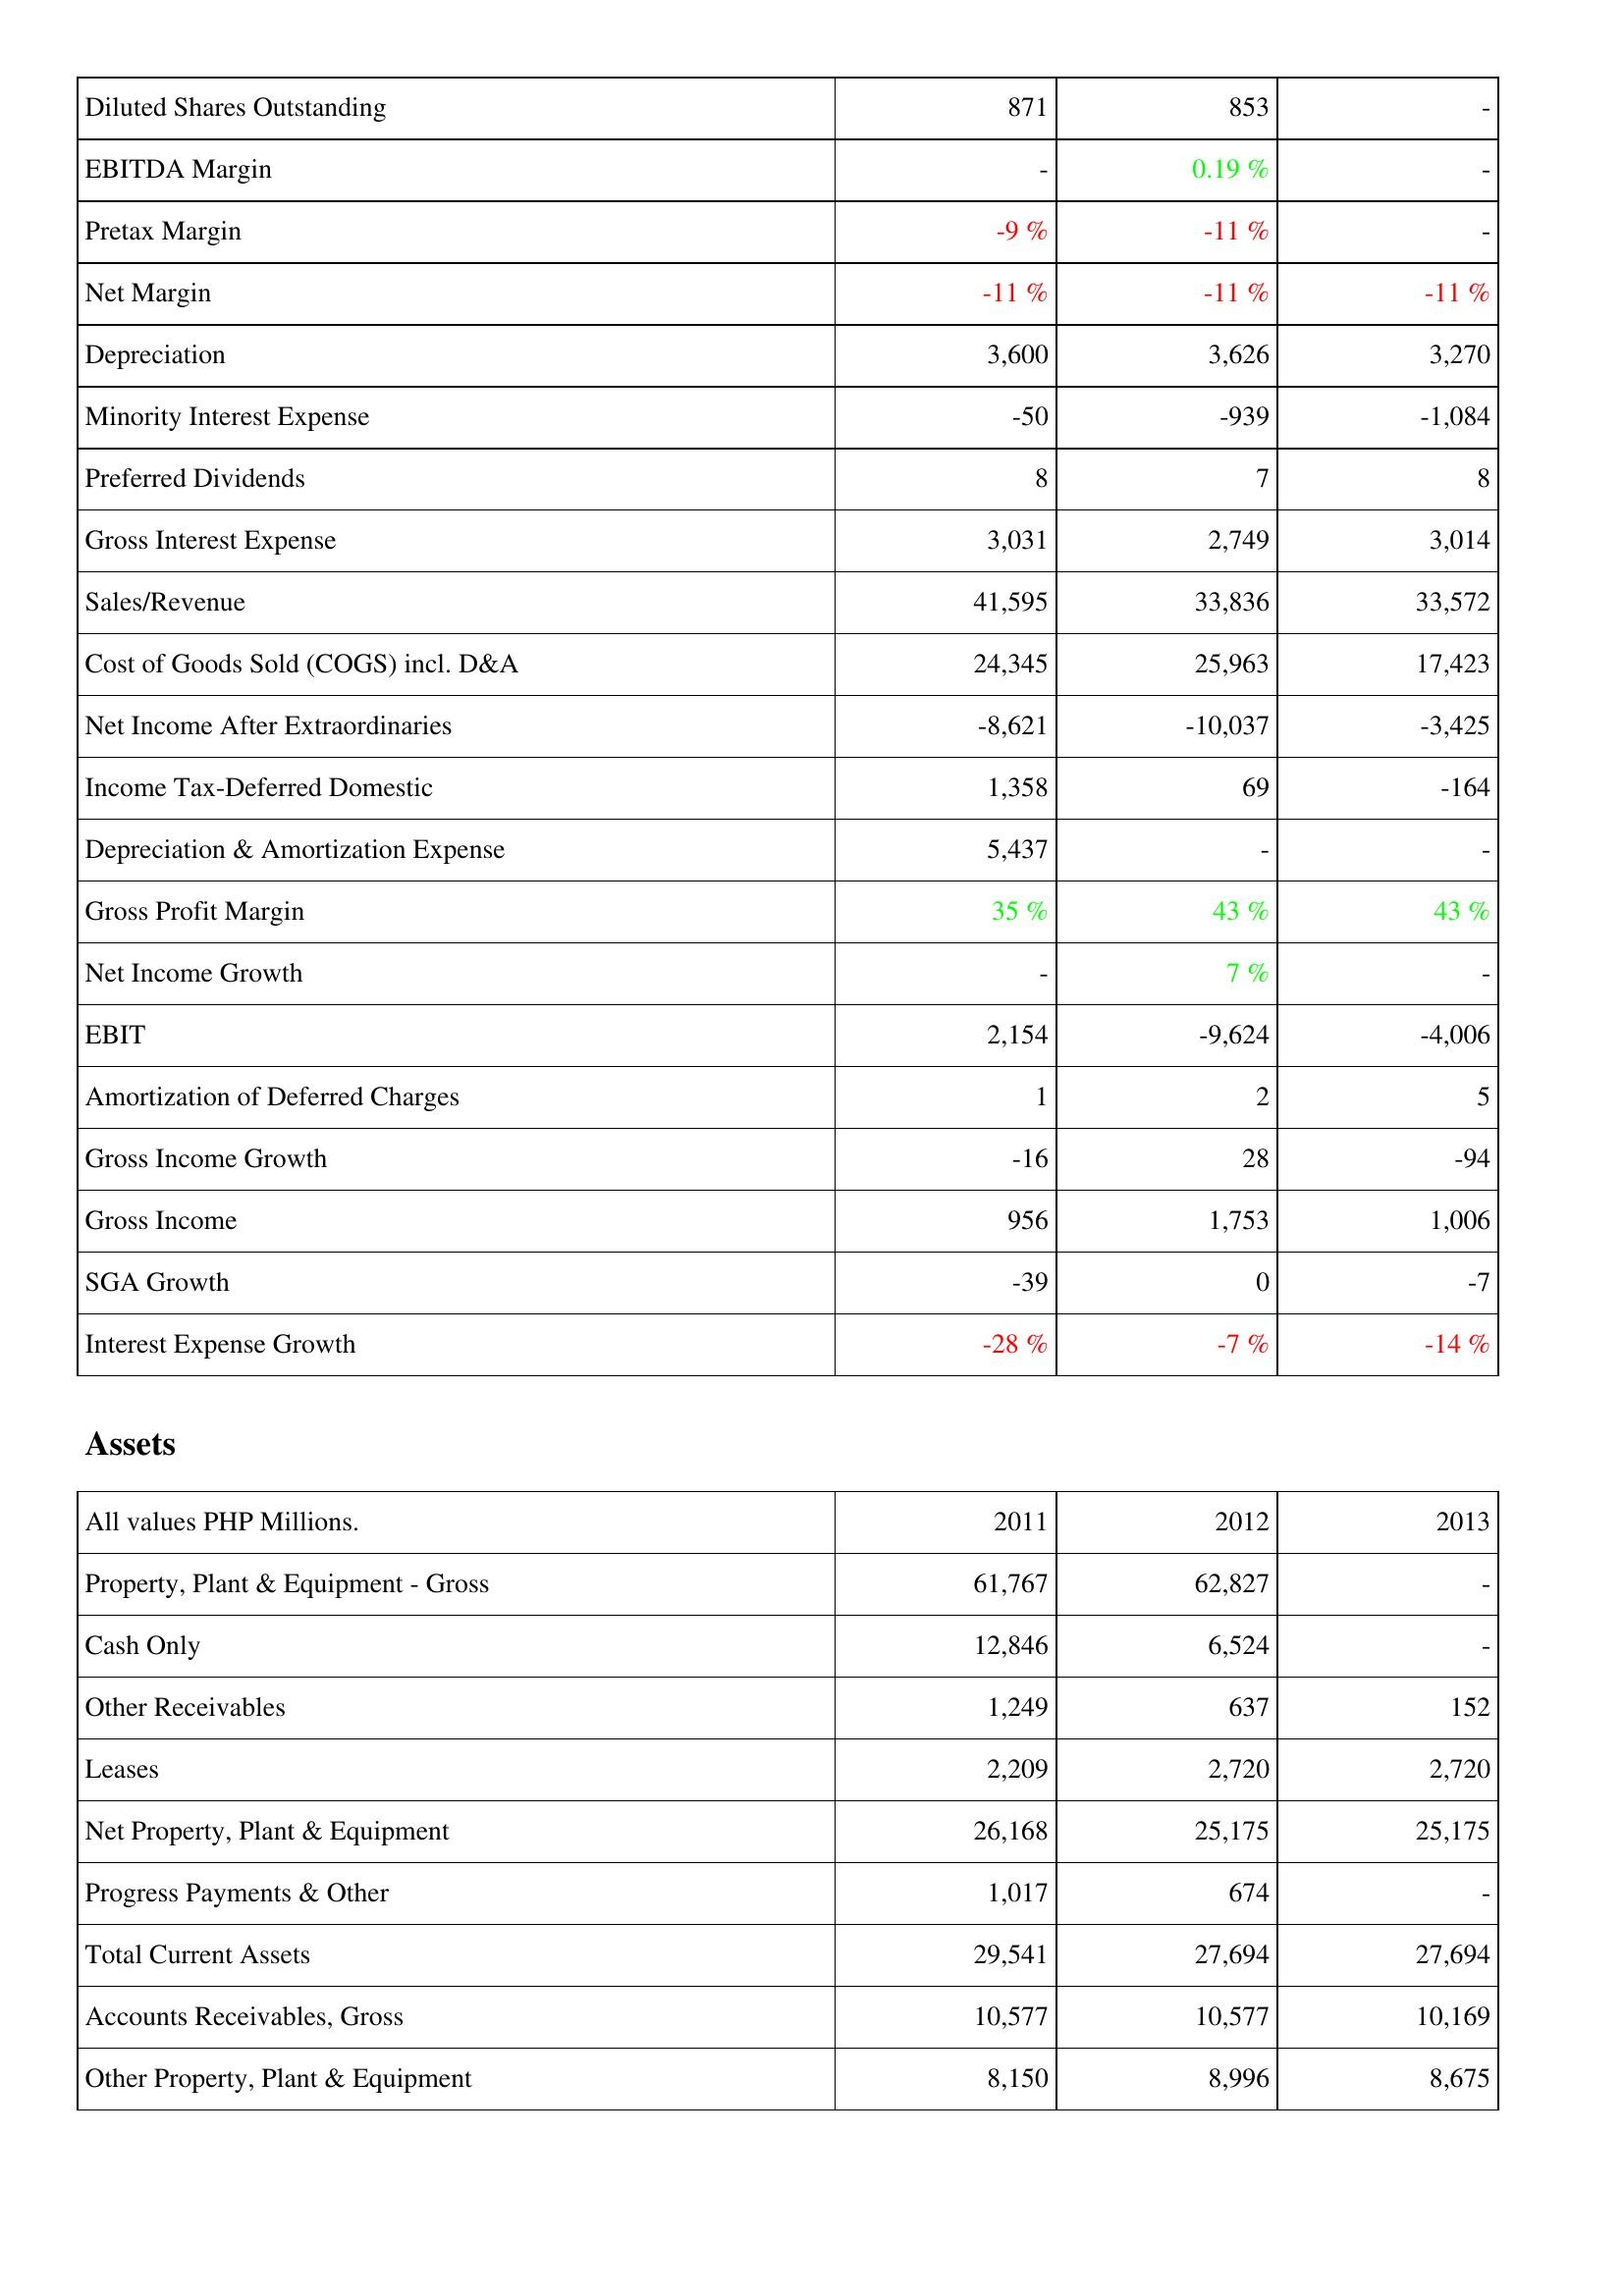
2011: Income Statement: Diluted Shares Outstanding: 871
EBITDA Margin: -
Pretax Margin: -9 %
Net Margin: -11 %
Depreciation: 3,600
Minority Interest Expense: -50
Preferred Dividends: 8
Gross Interest Expense: 3,031
Sales/Revenue: 41,595
Cost of Goods Sold (COGS) incl. D&A: 24,345
Net Income After Extraordinaries: -8,621
Income Tax-Deferred Domestic: 1,358
Depreciation & Amortization Expense: 5,437
Gross Profit Margin: 35 %
Net Income Growth: -
EBIT: 2,154
Amortization of Deferred Charges: 1
Gross Income Growth: -16
Gross Income: 956
SGA Growth: -39
Interest Expense Growth: -28 %
Assets: Property, Plant & Equipment - Gross: 61,767
Cash Only: 12,846
Other Receivables: 1,249
Leases: 2,209
Net Property, Plant & Equipment: 26,168
Progress Payments & Other: 1,017
Total Current Assets: 29,541
Accounts Receivables, Gross: 10,577
Other Property, Plant & Equipment: 8,150
2012: Income Statement: Diluted Shares Outstanding: 853
EBITDA Margin: 0.19 %
Pretax Margin: -11 %
Net Margin: -11 %
Depreciation: 3,626
Minority Interest Expense: -939
Preferred Dividends: 7
Gross Interest Expense: 2,749
Sales/Revenue: 33,836
Cost of Goods Sold (COGS) incl. D&A: 25,963
Net Income After Extraordinaries: -10,037
Income Tax-Deferred Domestic: 69
Depreciation & Amortization Expense: -
Gross Profit Margin: 43 %
Net Income Growth: 7 %
EBIT: -9,624
Amortization of Deferred Charges: 2
Gross Income Growth: 28
Gross Income: 1,753
SGA Growth: 0
Interest Expense Growth: -7 %
Assets: Property, Plant & Equipment - Gross: 62,827
Cash Only: 6,524
Other Receivables: 637
Leases: 2,720
Net Property, Plant & Equipment: 25,175
Progress Payments & Other: 674
Total Current Assets: 27,694
Accounts Receivables, Gross: 10,577
Other Property, Plant & Equipment: 8,996
2013: Income Statement: Diluted Shares Outstanding: -
EBITDA Margin: -
Pretax Margin: -
Net Margin: -11 %
Depreciation: 3,270
Minority Interest Expense: -1,084
Preferred Dividends: 8
Gross Interest Expense: 3,014
Sales/Revenue: 33,572
Cost of Goods Sold (COGS) incl. D&A: 17,423
Net Income After Extraordinaries: -3,425
Income Tax-Deferred Domestic: -164
Depreciation & Amortization Expense: -
Gross Profit Margin: 43 %
Net Income Growth: -
EBIT: -4,006
Amortization of Deferred Charges: 5
Gross Income Growth: -94
Gross Income: 1,006
SGA Growth: -7
Interest Expense Growth: -14 %
Assets: Property, Plant & Equipment - Gross: -
Cash Only: -
Other Receivables: 152
Leases: 2,720
Net Property, Plant & Equipment: 25,175
Progress Payments & Other: -
Total Current Assets: 27,694
Accounts Receivables, Gross: 10,169
Other Property, Plant & Equipment: 8,675